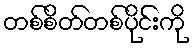
တစ်စိတ်တစ်ပိုင်းကို